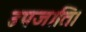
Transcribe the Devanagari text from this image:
उपजाति।